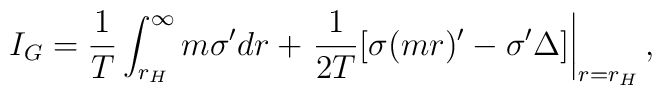
I_{G}=\frac{1}{T}\int_{r_{H}}^{\infty}m\sigma 'dr +\left. \frac{1}{2T}[\sigma(mr)'-\sigma '\Delta]\right| _{r=r_{H}},